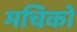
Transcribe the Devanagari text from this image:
मचिको